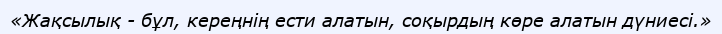
«Жақсылық - бұл, кереңнің ести алатын, соқырдың көре алатын дүниесі.»